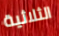
الثلاثية